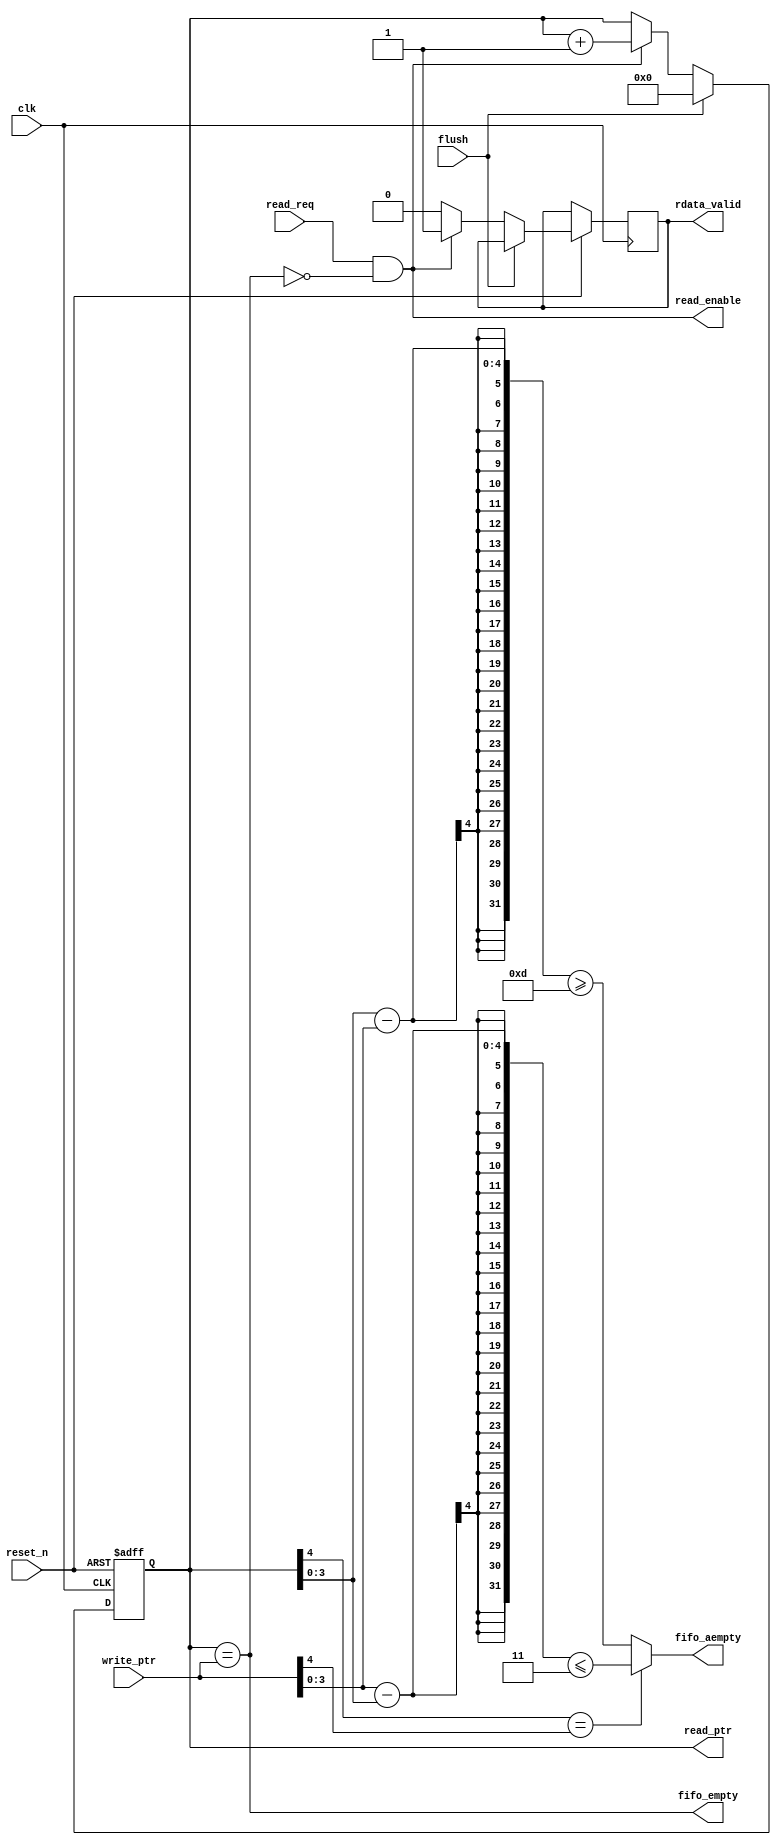
//***********************************************************
//READ CONTROL LOGIC 
//***********************************************************
//
// Module Name: read_control_logic
// Description: Controls the read operation of sync_fifo. Generates
// FIFO empty & almost empty flags.
// Place: Cadence Design Systems, Inc.
//***********************************************************
//
module read_control_logic #(
     parameter ADDR_WIDTH = 4,
     parameter AEMPTY = 3,
     parameter DEPTH = 16
     )
     (
     // Inputs
     input [ADDR_WIDTH:0] write_ptr,
     input clk,
     input reset_n,
     input flush,
     input read_req,
     // Outputs
     output read_enable,
     output reg rdata_valid,
     output fifo_empty,
     output reg fifo_aempty,
     output reg [ADDR_WIDTH:0] read_ptr 
     );
     wire [ADDR_WIDTH-1:0] read_addr;
 
     wire [ADDR_WIDTH-1:0] write_addr;
     // Extracting read and write address from corrosponding pointers
     assign read_addr = read_ptr [ADDR_WIDTH-1:0];
     assign write_addr = write_ptr [ADDR_WIDTH-1:0];

     //FIFO is empty when read pointer is same as write pointer 
     assign fifo_empty = (read_ptr == write_ptr);

     // No read when FIFO is empty
     assign read_enable = read_req && (~fifo_empty);

     // Logic to generate almost empty flag
     always @*
     begin
          if (read_ptr[ADDR_WIDTH] == write_ptr[ADDR_WIDTH])
			fifo_aempty = ((write_addr - read_addr) <= AEMPTY);
          else
			fifo_aempty = ((read_addr - write_addr) >= (DEPTH - AEMPTY));
     end

     // Read pointer and read data valid generation logic
     always @(posedge clk or negedge reset_n)
     begin
          if (~reset_n)
               read_ptr <= {(ADDR_WIDTH+1){1'b0}};
          else if (flush)
               read_ptr <= {(ADDR_WIDTH+1){1'b0}};
          else if (read_enable)
          begin
               read_ptr <= read_ptr + {{ADDR_WIDTH{1'b0}},1'b1};
               rdata_valid <= 1'b1;     
          end
          else
               rdata_valid <= 1'b0;
     end
endmodule